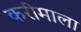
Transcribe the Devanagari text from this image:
करीमाला